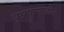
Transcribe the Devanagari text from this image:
धूम्रपानातील